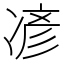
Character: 𫝏